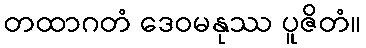
တထာဂတံ ဒေဝမနုဿ ပူဇိတံ။